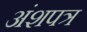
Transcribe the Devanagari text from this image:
अंशपत्र